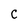
Character: C